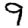
Digit: 9